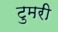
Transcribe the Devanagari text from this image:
टुमरी